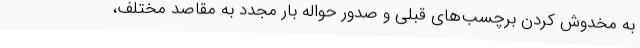
به مخدوش کردن برچسب‌های قبلی و صدور حواله بار مجدد به مقاصد مختلف،